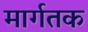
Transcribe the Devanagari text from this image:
मार्गतक